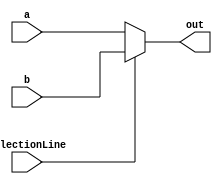
module MUX2x1 (
    input wire [31:0] a,
    input wire [31:0] b,
    input wire selectionLine,
    output reg [31:0] out
);

    always @(a or b or selectionLine)
    begin
        if (selectionLine)
            out = b;
        else
            out = a;
    end

endmodule